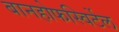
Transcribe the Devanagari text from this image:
बानहोफस्विर्टेल